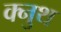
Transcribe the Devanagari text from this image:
क्नुथ